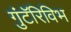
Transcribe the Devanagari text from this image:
गुंटॅरिविभ